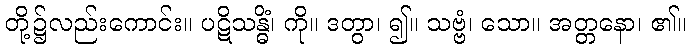
တို့၌လည်းကောင်း။ ပဋိသန္ဓိံ၊ ကို။ ဒတွာ၊ ၍။ သဗ္ဗံ၊ သော။ အတ္တနော၊ ၏။